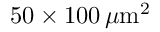
5 0 \times 1 0 0 \, \mu \mathrm { { m } ^ { 2 } }